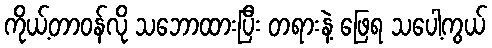
ကိုယ့်တာဝန်လို သဘောထားပြီး တရားနဲ့ ဖြေရ သပေါ့ကွယ်